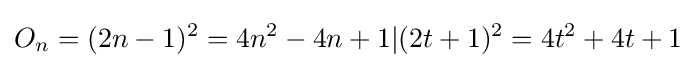
O_{n}=(2n-1)^{2}=4n^{2}-4n+1|(2t+1)^{2}=4t^{2}+4t+1